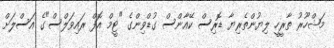
މަޝްހޫރު ތާރީހީ ލިޔުންތެރިޔާ ޑޮރިސް ކޭއާންސް ގުޑްވިންގެ "ޓީމް އޮފް ރައިވަލްސް"ގެ އަސްލަށް